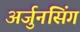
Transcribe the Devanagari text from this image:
अर्जुनसिंग